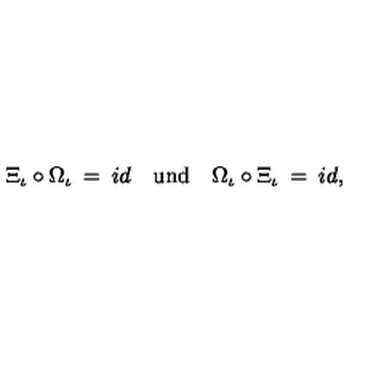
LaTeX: \Xi _ { \iota } \circ \Omega _ { \iota } \: = \: i d \quad \mathrm { u n d } \quad \Omega _ { \iota } \circ \Xi _ { \iota } \: = \: i d ,